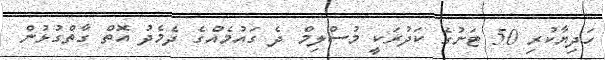
ހަދިޔާކުރި 50 ޓަނުގެ ކަދުރަކީ މުސްލިމް ދެ ގައުމެއްގެ ދެމެދު އޮތް ގާތްގުޅުން